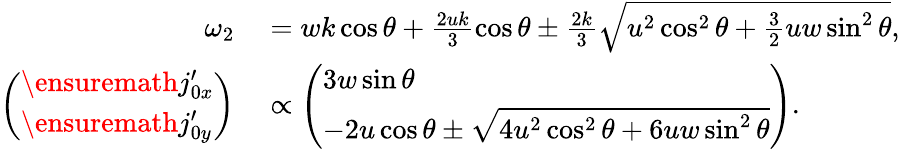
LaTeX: \begin{array}{rl}{\omega_{2}}&{{}=wk\cos\theta+\frac{2uk}{3}\cos\theta\pm\frac{2k}{3}\sqrt{u^{2}\cos^{2}\theta+\frac{3}{2}uw\sin^{2}\theta},}\\ {\left(\begin{array}{l}{\ensuremath{j_{0x}^{\prime}}}\\ {\ensuremath{j_{0y}^{\prime}}}\end{array}\right)}&{{}\propto\left(\begin{array}{l}{3w\sin\theta}\\ {-2u\cos\theta\pm\sqrt{4u^{2}\cos^{2}\theta+6uw\sin^{2}\theta}}\end{array}\right).}\end{array}